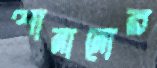
শানানোর